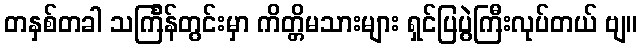
တနှစ်တခါ သင်္ကြန်တွင်းမှာ ကိတ္တိမသားများ ရှင်ပြပွဲကြီးလုပ်တယ် ဗျ။